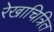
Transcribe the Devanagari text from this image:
रेखाचित्रित